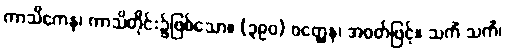
ကာသိကေန၊ ကာသိတိုင်း၌ဖြစ်သော။ (၃၉၀) ဝတ္ထေန၊ အဝတ်ဖြင့်။ သကိံ သကိံ၊